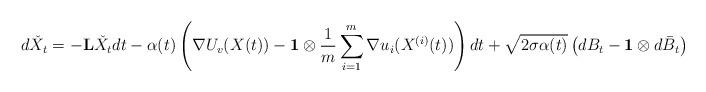
LaTeX: \begin{align*}d\check{X}_t = -\mathbf{L}\check{X}_tdt-\alpha(t)\left(\nabla U_v(X(t))-\mathbf{1}\otimes\frac{1}{m}\sum_{i=1}^m \nabla u_i(X^{(i)}(t))\right)dt+\sqrt{2\sigma\alpha(t)} \left(dB_t - \mathbf{1}\otimes d\bar{B}_t\right)\end{align*}